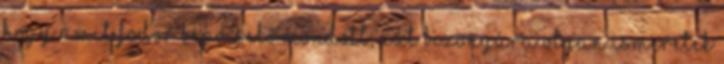
hogy amit Fodor képviselő mondott, azt bizonyára olyan ismeretek